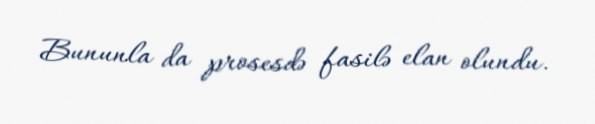
Bununla da prosesdə fasilə elan olundu.